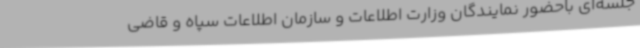
جلسه‌ای باحضور نمایندگان وزارت اطلاعات و سازمان اطلاعات سپاه و قاضی